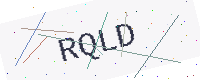
Text: RQLD